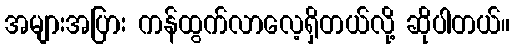
အများအပြား ကန်ထွက်လာလေ့ရှိတယ်လို့ ဆိုပါတယ်။